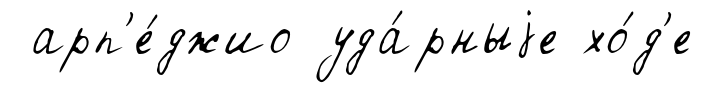
арп'е́джио уда́рныjе хо́д'е